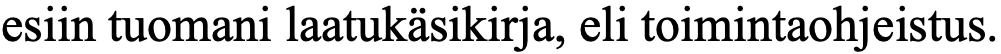
esiin tuomani laatukäsikirja, eli toimintaohjeistus.